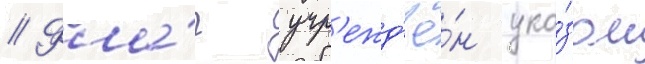
// Фла́г учр'ежд'ё́н ука́зом